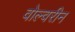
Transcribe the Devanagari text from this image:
वोल्वरीन